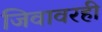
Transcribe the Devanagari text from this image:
जिवावरही